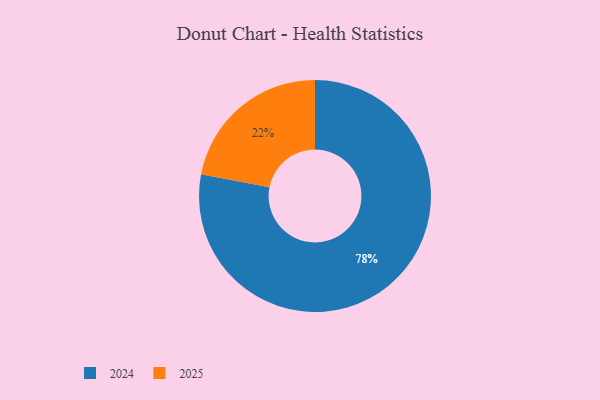
{"axis": {"x": "Category", "y": "Percentage"}, "legend": ["2024", "2025"], "data": [{"x": "2025", "y": 22, "type": "2025"}, {"x": "2024", "y": 78, "type": "2024"}]}